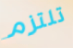
تلتزم